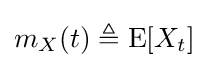
m_{X}(t)\triangleq \operatorname {E} [X_{t}]